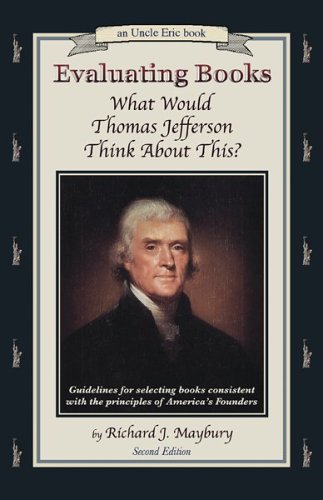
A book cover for Evaluating Books: What Would Thomas Jefferson Think About This?    Guidelines for Selecting Books Consistent With the Principles of America's Founders (An Uncle Eric Book); Richard J. Maybury; Teen & Young Adult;